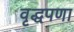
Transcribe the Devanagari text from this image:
वृद्धपणा